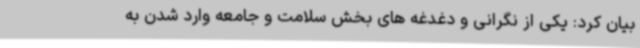
بیان کرد: یکی از نگرانی و دغدغه های بخش سلامت و جامعه وارد شدن به